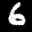
Label: 6